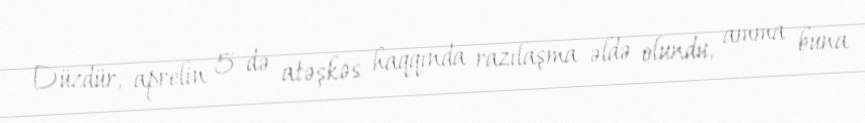
Düzdür, aprelin 5-də atəşkəs haqqında razılaşma əldə olundu, amma buna